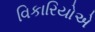
વિકારિયોએ